Distribution and causation of leprosy in British India
Year: 1875
Disease focus: Leprosy
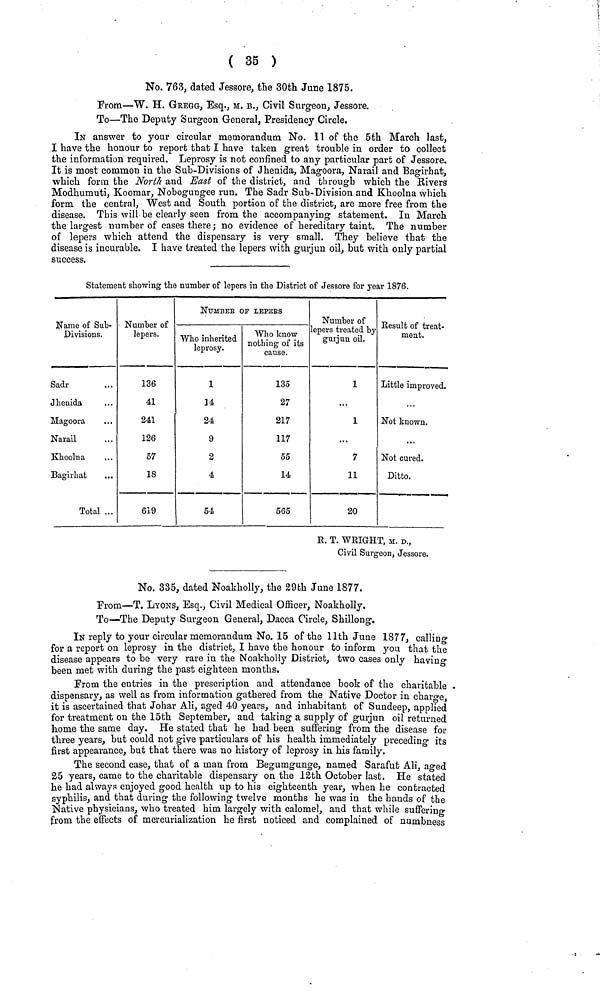
( 35 )
No. 763, dated Jessore, the 30th June 1875.
From—W. H. GREGG, Esq., M. B., Civil Surgeon, Jessore.
To—The Deputy Surgeon General, Presidency Circle.
IN answer to your circular memorandum No. 11 of the 5th March last,
I have the honour to report that I have taken great trouble in order to collect
the information required. Leprosy is not confined to any particular part of Jessore.
It is most common in the Sub-Divisions of Jhenida, Magoora, Narail and Bagirhat,
which form the North and East of the district, and through which the Rivers
Modhumuti, Koomar, Nobogungee run. The Sadr Sub-Division and Khoolna which
form the central, West and South portion of the district, are more free from the
disease. This will be clearly seen from the accompanying statement. In March
the largest number of cases there; no evidence of hereditary taint. The number
of lepers which attend the dispensary is very small. They believe that the
disease is incurable. I have treated the lepers with gurjun oil, but with only partial
success.
Statement showing the number of lepers in the District of Jessore for year 1876.
Name of Sub-
Divisions.
Sadr
Jhenida
Magoora
Narail
Khoolna
Bagirhat
Total ...
Number of
lepers.
136
41
241
126
57
18
619
NUMBER OP LEPERS
Who inherited
leprosy.
1
14
24
9
2
4
54
Who know
nothing of its
cause.
135
27
217
117
55
14
565
Number of
lepers treated by
gurjun oil.
1
...
1
...
7
11
20
Result of treat-
ment.
Little improved.
...
Not known.
...
Not cured.
Ditto.
R. T. WRIGHT, M. D.,
Civil Surgeon, Jessore.
No. 335, dated Noakholly, the 29th June 1877.
From—T. LYONS, Esq., Civil Medical Officer, Noakholly.
To—The Deputy Surgeon General, Dacca Circle, Shillong.
IN reply to your circular memorandum No. 15 of the 11th June 1877, calling
for a report on leprosy in the district, I have the honour to inform you that the
disease appears to be very rare in the Noakholly District, two cases only having
been met with during the past eighteen months.
From the entries in the prescription and attendance book of the charitable
dispensary, as well as from information gathered from the Native Doctor in charge,
it is ascertained that Johar Ali, aged 40 years, and inhabitant of Sundeep, applied
for treatment on the 15th September, and taking a supply of gurjun oil returned
home the same day. He stated that he had been suffering from the disease for
three years, but could not give particulars of his health immediately preceding its
first appearance, but that there was no history of leprosy in his family.
The second case, that of a man from Begumgunge, named Sarafut Ali, aged
25 years, came to the charitable dispensary on the 12th October last. He stated
he had always enjoyed good health up to his eighteenth year, when he contracted
syphilis, and that during the following twelve months he was in the hands of the
Native physicians, who treated him largely with calomel, and that while suffering
from the effects of mercurialization he first noticed and complained of numbness